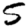
Digit: 5